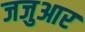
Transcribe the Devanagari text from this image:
जजुआर